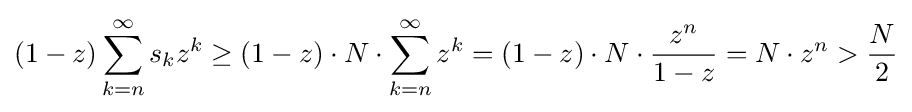
(1-z)\sum _{k=n}^{\infty }s_{k}z^{k}\geq (1-z)\cdot N\cdot \sum _{k=n}^{\infty }z^{k}=(1-z)\cdot N\cdot {\frac {z^{n}}{1-z}}=N\cdot z^{n}>{\frac {N}{2}}